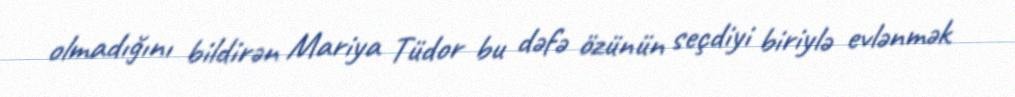
olmadığını bildirən Mariya Tüdor bu dəfə özünün seçdiyi biriylə evlənmək